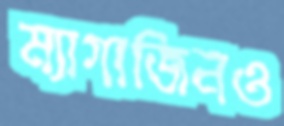
ম্যাগাজিনও